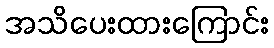
အသိပေးထားကြောင်း